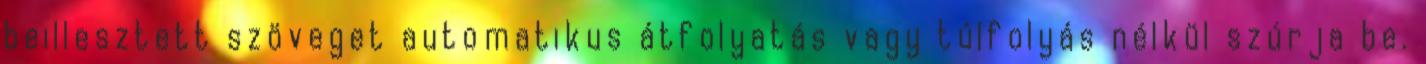
beillesztett szöveget automatikus átfolyatás vagy túlfolyás nélkül szúrja be.